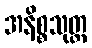
အနိစ္စသုတ္တ